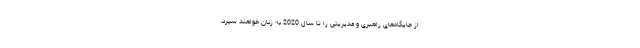
از جایگاه‌های راهبری و مدیریتی را تا سال 2020 به زنان خواهند سپرد.